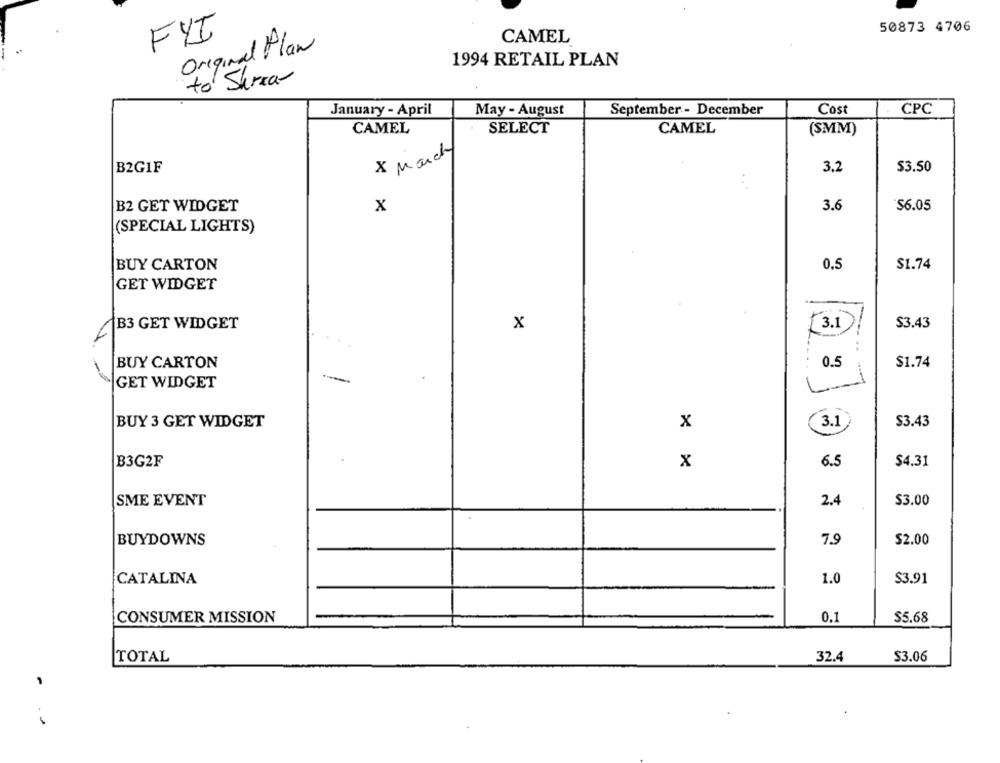
50873 4706
FYI
Original Plan
CAMEL
1994 RETAIL PLAN
to Sara-
January - April
May - August
September - December
Cost
CPC
CAMEL
SELECT
CAMEL
(SMM)
x March
B2G1F
3.2
$3.50
B2 GET WIDGET
x
3.6
S6.05
(SPECIAL LIGHTS)
BUY CARTON
0.5
$1.74
GET WIDGET
B3 GET WIDGET
x
3.1
$3.43
---- ..
BUY CARTON
0.5
$1.74
GET WIDGET
BUY 3 GET WIDGET
x
3.1
$3.43
B3G2F
x
6.5
$4.31
SME EVENT
2.4
$3.00
BUYDOWNS
7.9
$2.00
CATALINA
1.0
$3.91
CONSUMER MISSION
0.1
$5.68
TOTAL
32.4
$3.06